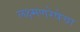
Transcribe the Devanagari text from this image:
लक्ष्मणरेषेचा